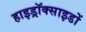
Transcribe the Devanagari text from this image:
हाइड्रॉक्साइडों